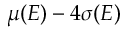
\mu ( E ) - 4 \sigma ( E )